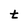
Character: t